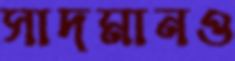
সাদমানও